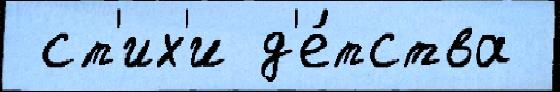
 ст'их'и д'е́тства